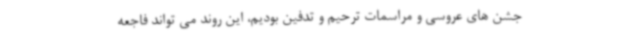
جشن های عروسی و مراسمات ترحیم و تدفین بودیم، این روند می تواند فاجعه